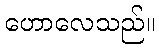
ဟောလေသည်။